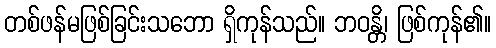
တစ်ဖန်မဖြစ်ခြင်းသဘော ရှိကုန်သည်။ ဘဝန္တိ၊ ဖြစ်ကုန်၏။